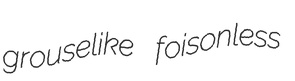
grouselike foisonless